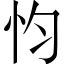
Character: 𢗋